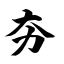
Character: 夯